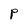
Character: P